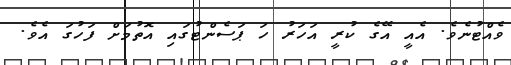
ވެއްޓުނެވެ. އެއީ އޭގެ ކުރީ އަހަރު ހަ ޕަސެންޓުގައި އޮތުމަށް ފަހުގަ އެވެ.